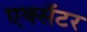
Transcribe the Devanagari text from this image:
एक्सॅटर